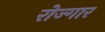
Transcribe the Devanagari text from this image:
रोज्गार